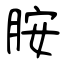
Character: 胺